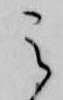
之